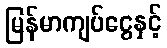
မြန်မာကျပ်ငွေနှင့်